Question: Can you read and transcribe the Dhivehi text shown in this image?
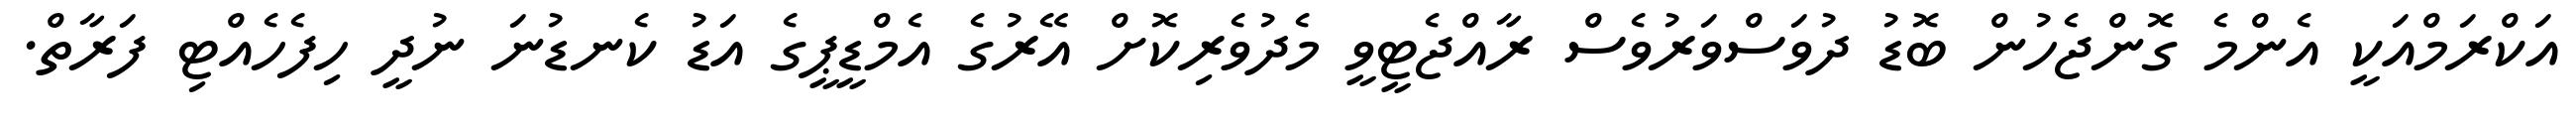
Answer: އަކްރަމްއަކީ އެންމެ ގޮންޖެހުން ބޮޑު ދުވަސްވަރުވެސް ރާއްޖެޓީވީ މެދުވެރިކޮށް އޭރުގެ އެމްޑީޕީގެ އަޑު ކެނޑުނަ ނުދީ ހިފެހެއްޓި ފަރާތް.